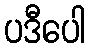
ပဒီပေါ